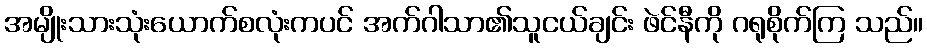
အမျိုးသားသုံးယောက်စလုံးကပင် အက်ဂါသာ၏သူငယ်ချင်း ဖဲင်နီကို ဂရုစိုက်ကြ သည်။